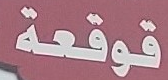
قوقعة